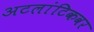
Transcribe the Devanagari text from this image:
अटलांटिकवर